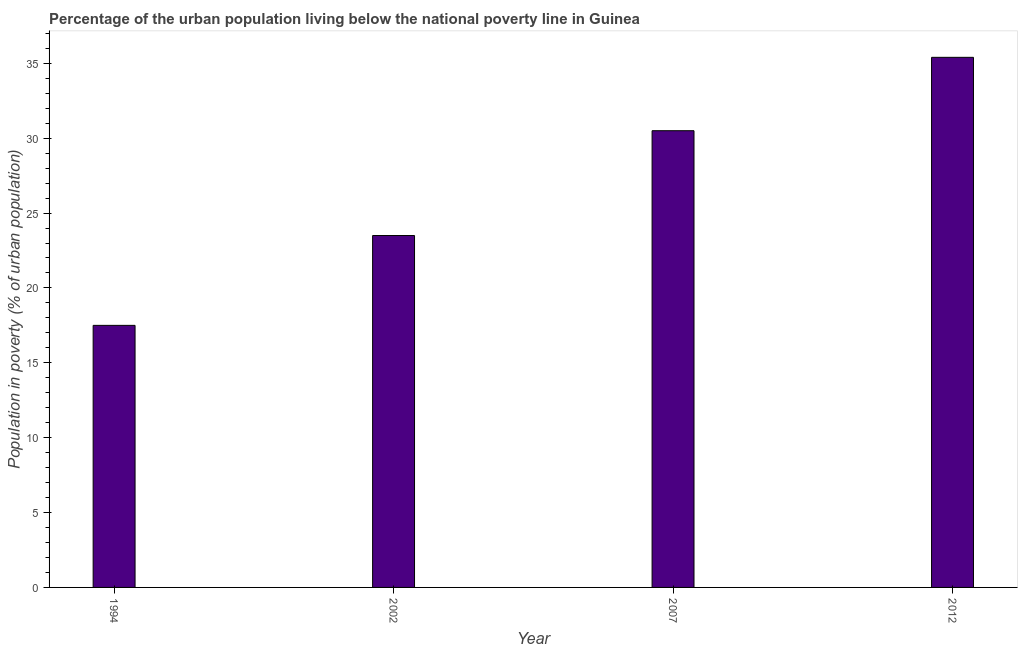
| Year | Urban poverty headcount ratio |
 | --- | --- |
 | 1994 | 17.5 |
 | 2002 | 23.5 |
 | 2007 | 30.5 |
 | 2012 | 35.4 |